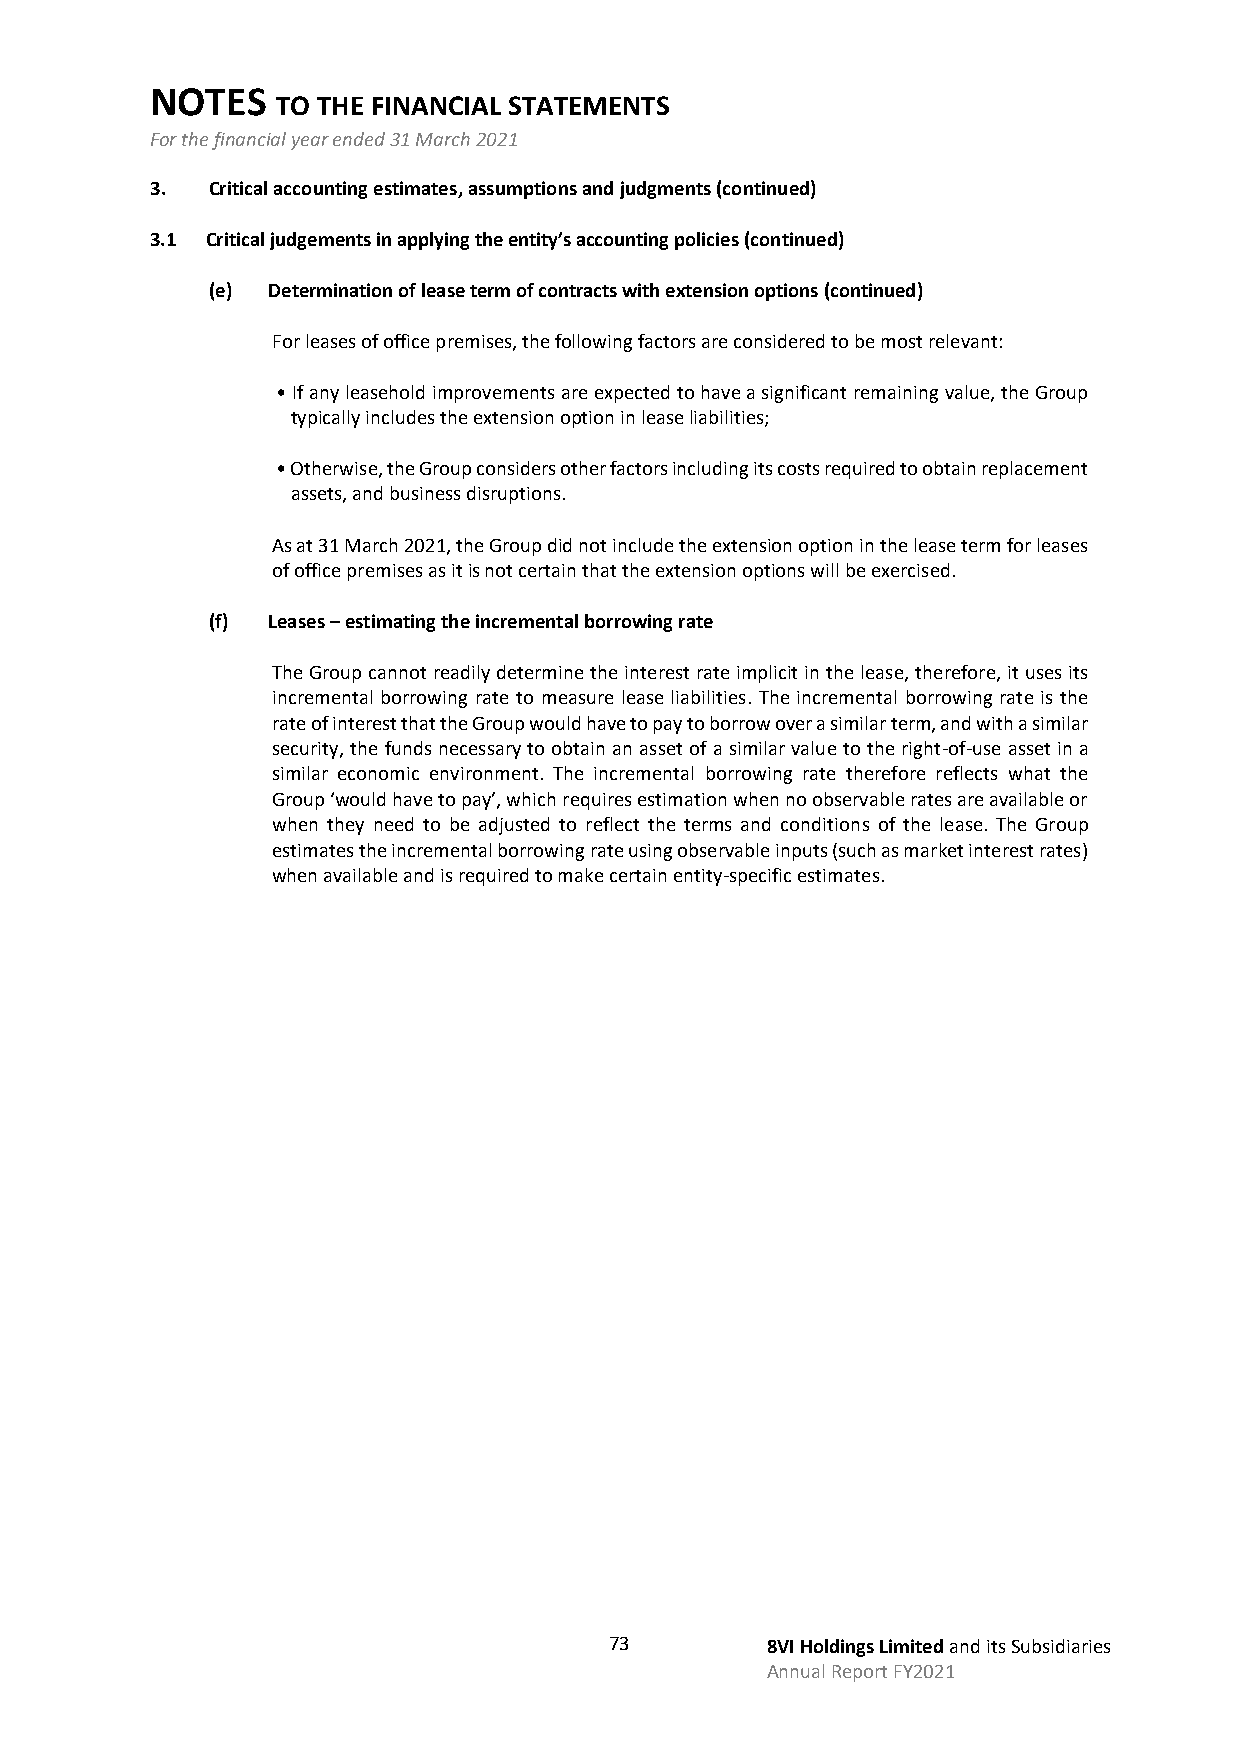
NOTES
 TO THE FINANCIAL STATEMENTS
 For the financial year ended 31 March 2021
 3.  Critical accounting estimates, assumptions and judgments (continued)
 3.1 Critical judgements in applying the entity’s accounting policies (continued)
 (e) Determination of lease term of contracts with extension options (continued)
 For leases of office premises, the following factors are considered to be most relevant:
 • If any leasehold improvements are expected to have a significant remaining value, the Group
 typically includes the extension option in lease liabilities;
 • Otherwise, the Group considers other factors including its costs required to obtain replacement
 assets, and business disruptions.
 As at 31 March 2021, the Group did not include the extension option in the lease term for leases
 of office premises as it is not certain that the extension options will be exercised.
 (f) Leases – estimating the incremental borrowing rate
 The Group cannot readily determine the interest rate implicit in the lease, therefore, it uses its
 incremental borrowing rate to measure lease liabilities. The incremental borrowing rate is the
 rate of interest that the Group would have to pay to borrow over a similar term, and with a similar
 security, the funds necessary to obtain an asset of a similar value to the right-of-use asset in a
 similar economic environment. The incremental borrowing rate therefore reflects what the
 Group ‘would have to pay’, which requires estimation when no observable rates are available or
 when they need to be adjusted to reflect the terms and conditions of the lease. The Group
 estimates the incremental borrowing rate using observable inputs (such as market interest rates)
 when available and is required to make certain entity-specific estimates.
 73         8VI Holdings Limited and its Subsidiaries
 Annual Report FY2021